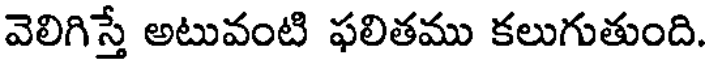
వెలిగిస్తే అటువంటి ఫలితము కలుగుతుంది.